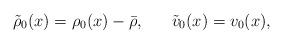
LaTeX: \begin{align*}\tilde{\rho}_{0}(x)=\rho_{0}(x)-\bar{\rho}, ~~~~~ \tilde{v}_{0}(x)=v_{0}(x),\end{align*}